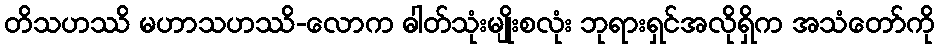
တိသဟဿိ မဟာသဟဿိ-လောက ဓါတ်သုံးမျိုးစလုံး ဘုရားရှင်အလိုရှိက အသံတော်ကို